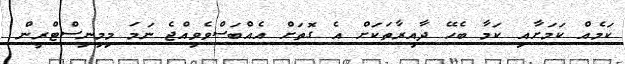
ކަމެއް ކަމަށާއި ކަމާ ބެހޭ ދާއިރާތަކަށް އެ ގޮތަށް އެއްބަސްވެވިއްޖެ ނަމަ މިމިނިސްޓްރީން